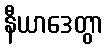
နီယာဒေတွာ